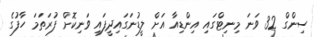
ސިންގް 32 ވަނަ މިނިޓްގައި އިންޑިއާ އަށް ލީޑުނަގައިދީފައި ވަނިކޮށް ފުރަތަމަ ހާފުގެ